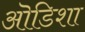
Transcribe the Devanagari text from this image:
ऒडिशा